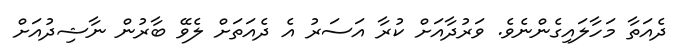
ދެއަތާ މަހާލައިގެންނެވެ. ވަރުދާއަށް ކުރާ އަސަރު އެ ދެއަތަށް ލެވޭ ބާރުން ނާޝިދުއަށް